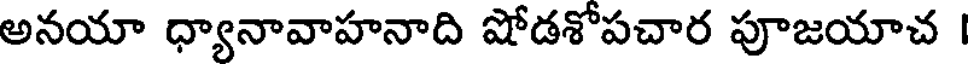
అనయా ధ్యానావాహనాది షోడశోపచార పూజయాచ